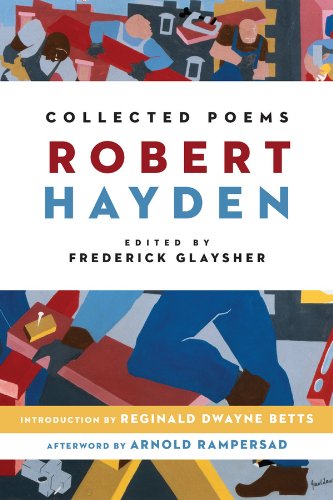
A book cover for Collected Poems; Robert Hayden; Literature & Fiction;